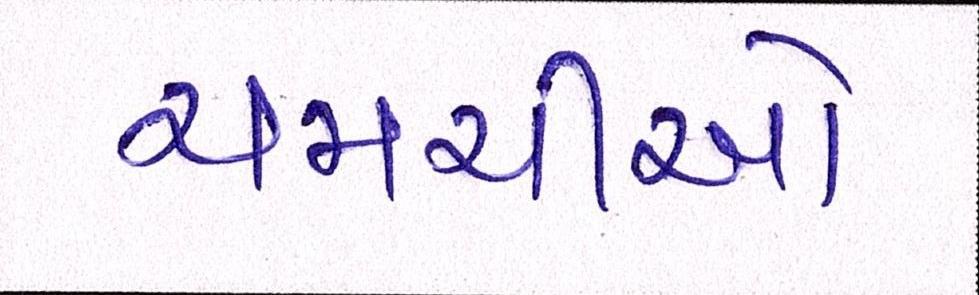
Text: ચમચીઓ